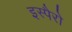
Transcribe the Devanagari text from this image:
इस्पैरो